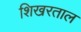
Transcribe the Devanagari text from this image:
शिखरताल